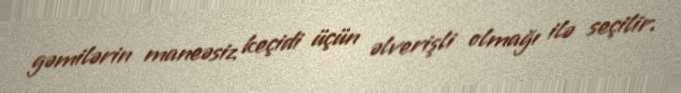
gəmilərin maneəsiz keçidi üçün əlverişli olmağı ilə seçilir.